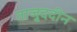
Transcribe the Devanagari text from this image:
ताजु्ददीन